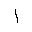
Letter: _alif